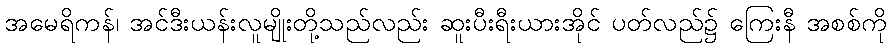
အမေရိကန်၊ အင်ဒီးယန်းလူမျိုးတို့သည်လည်း ဆူးပီးရီးယားအိုင် ပတ်လည်၌ ကြေးနီ အစစ်ကို